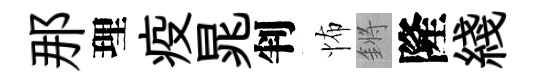
那理疫晁判怖鏘隆綫